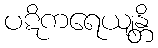
ပဋိကရေယျန္တိ